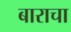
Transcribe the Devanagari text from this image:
बाराचा